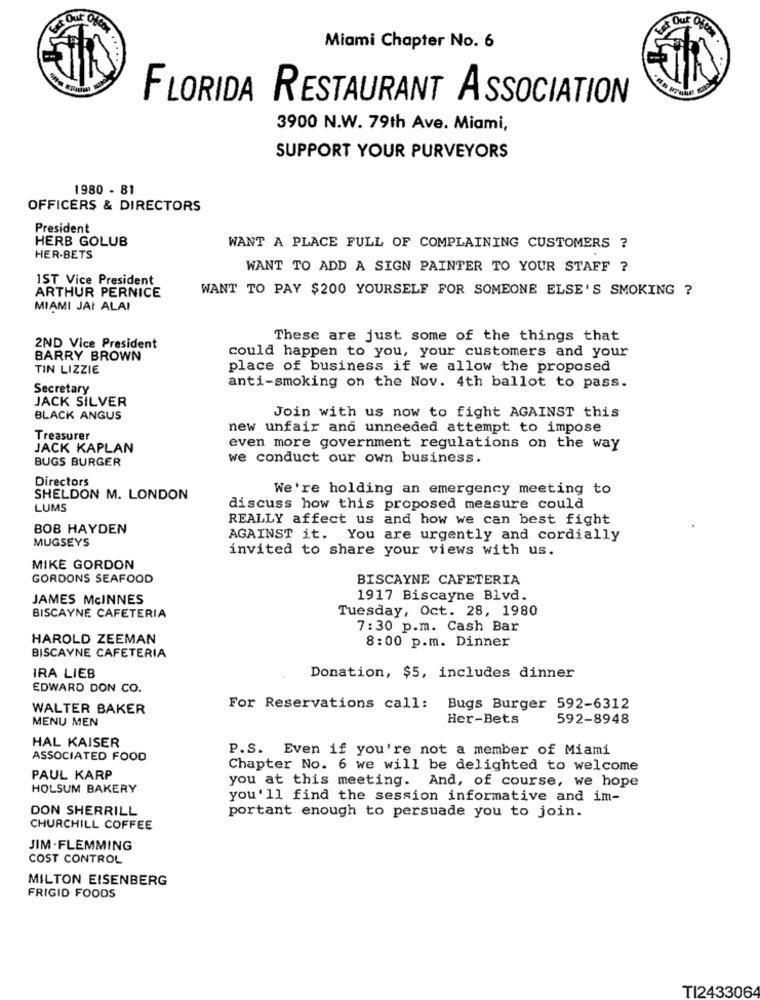
& Out Off
Lot Our Ofc
Miami Chapter No. 6
FLORIDA RESTAURANT ASSOCIATION
3900 N.W. 79th Ave. Miami,
SUPPORT YOUR PURVEYORS
1980 - 81
OFFICERS & DIRECTORS
President
HERB GOLUB
WANT A PLACE FULL OF COMPLAINING CUSTOMERS ?
HER-BETS
WANT TO ADD A SIGN PAINTER TO YOUR STAFF ?
1ST Vice President_
WANT TO PAY $200 YOURSELF FOR SOMEONE ELSE'S SMOKING ?
ARTHUR PERNICE
MIAMI JAI ALAI
These are just some of the things that
2ND Vice President
could happen to you, your customers and your
BARRY BROWN
TIN LIZZIE
place of business if we allow the proposed
Secretary
anti-smoking on the Nov. 4th ballot to pass.
JACK SILVER
Join with us now to fight AGAINST this
BLACK ANGUS
new unfair and unneeded attempt to impose
Treasurer
JACK KAPLAN
even more government regulations on the way
BUGS BURGER
we conduct our own business.
Directors
We're holding an emergency meeting to
SHELDON M. LONDON
LUMS
discuss how this proposed measure could
REALLY affect us and how we can best fight
BOB HAYDEN
AGAINST it. You are urgently and cordially
MUGSEYS
invited to share your views with us.
MIKE GORDON
GORDONS SEAFOOD
BISCAYNE CAFETERIA
JAMES McINNES
1917 Biscayne Blvd.
Tuesday, Oct. 28, 1980
BISCAYNE CAFETERIA
7:30 p.m. Cash Bar
HAROLD ZEEMAN
8:00 p.m. Dinner
BISCAYNE CAFETERIA
IRA LIEB
Donation, $5, includes dinner
EDWARD DON CO.
WALTER BAKER
For Reservations call:
Bugs Burger 592-6312
MENU MEN
Her-Bets
592-8948
HAL KAISER
P.S. Even if you're not a member of Miami
ASSOCIATED FOOD
Chapter No. 6 we will be delighted to welcome
PAUL KARP
you at this meeting. And, of course, we hope
HOLSUM BAKERY
you'll find the session informative and im-
DON SHERRILL
portant enough to persuade you to join.
CHURCHILL COFFEE
JIM . FLEMMING
COST CONTROL
MILTON EISENBERG
FRIGID FOODS
TI2433064